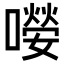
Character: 𡀼